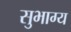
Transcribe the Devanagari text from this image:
सुभाग्य